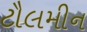
ટૌલમીન